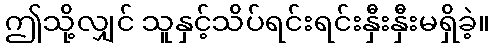
ဤသို့လျှင် သူနှင့်သိပ်ရင်းရင်းနှီးနှီးမရှိခဲ့။